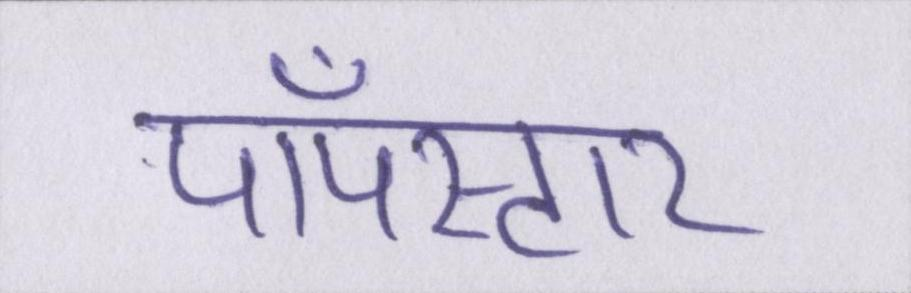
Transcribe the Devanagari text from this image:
पॉपस्टार